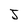
Character: j